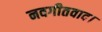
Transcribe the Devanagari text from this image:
नवगीतवाद।